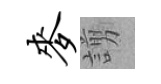
麦謭